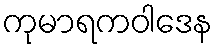
ကုမာရကဝါဒေန